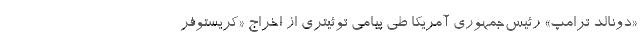
«دونالد ترامپ» رئیس‌‌جمهوری آمریکا طی پیامی توئیتری از اخراج «کریستوفر